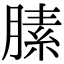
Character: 膆